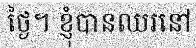
ថ្ងៃ។ ខ្ញុំបានឈរនៅ